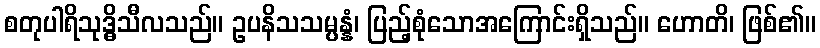
စတုပါရိသုဒ္ဓိသီလသည်။ ဥပနိသသမ္ပန္နံ၊ ပြည့်စုံသောအကြောင်းရှိသည်။ ဟောတိ၊ ဖြစ်၏။